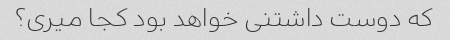
که دوست داشتنی خواهد بود کجا میری؟